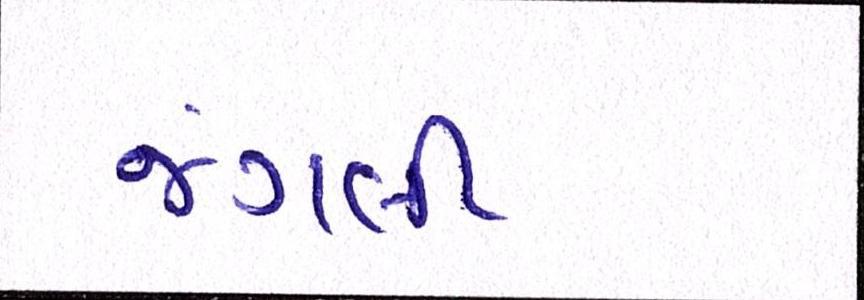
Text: જંગલી